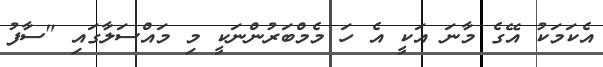
އެކަމަކު އޭގެ މާނަ އަކީ އެ ހަ މެމްބަރުންނަކީ މި މައްސަލާގައި "ސާފު